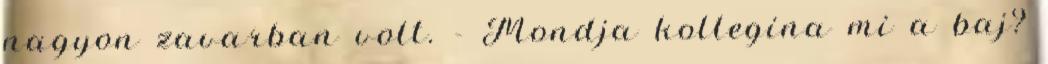
nagyon zavarban volt. - Mondja kollegina mi a baj?